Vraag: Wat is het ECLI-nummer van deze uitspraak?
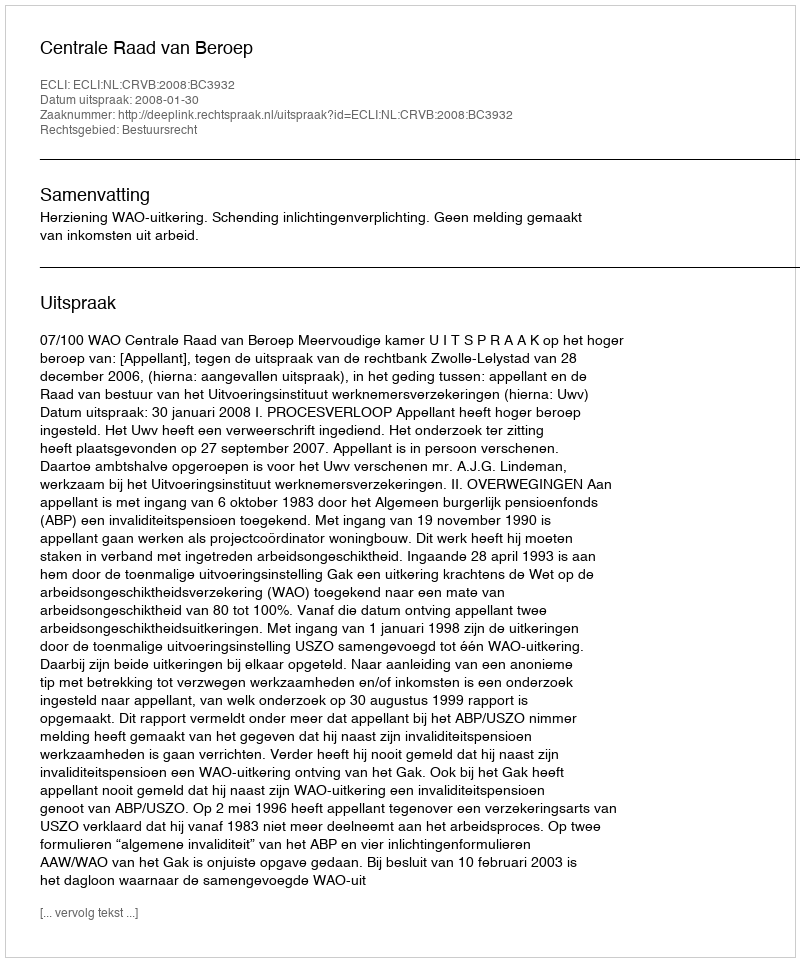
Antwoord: ECLI:NL:CRVB:2008:BC3932